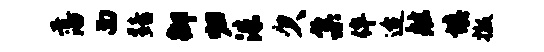
藩面黯御归洙欠集侔迨舷填撤